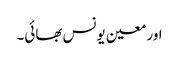
اور معین یونس بھائی۔